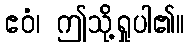
ဧဝံ၊ ဤသို့ရှုပါ၏။